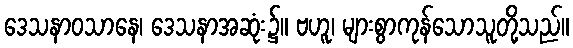
ဒေသနာဝသာနေ၊ ဒေသနာအဆုံး၌။ ဗဟူ၊ များစွာကုန်သောသူတို့သည်။